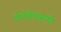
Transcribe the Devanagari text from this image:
तीर्थक्षेत्रासाठी